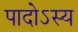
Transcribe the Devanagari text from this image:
पादोऽस्य